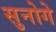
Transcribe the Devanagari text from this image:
सुनोगे